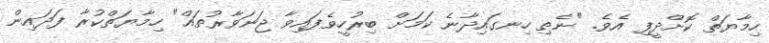
ހިމާޔަތް ކޮށްދީފި އެވެ. "ނެތި ހިނގައިދާނެ ކަމަށް ބިރުހީވެފައިވާ ޖަނަވާރުތައް" ހިމާޔަތްކުރާ ފަދައިން